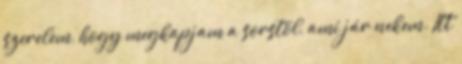
szerelem, hogy megkapjam a sorstól, ami jár nekem. Itt